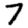
Digit: 7